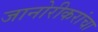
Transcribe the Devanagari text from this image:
जानोरीकरांचा